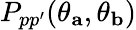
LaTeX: P_{pp^{\prime}}(\theta_{\mathbf{a}},\theta_{\mathbf{b}})